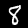
Digit: 8